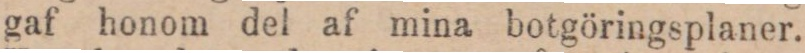
gaf honom del af mina botgöringsplaner.